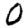
Digit: 0